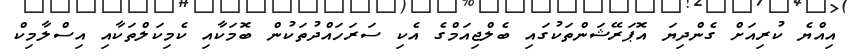
އިއްޔެ ކުރިއަށް ގެންދިޔަ އޮޕަރޭޝަންތަކުގައި ބެލްޖިއަމްގެ އެކި ސަރަހައްދުތަކުން ބޮމަކާއި ކެމިކަލްތަކާއި އިސްލާމިކް